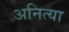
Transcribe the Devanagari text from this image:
अनित्या